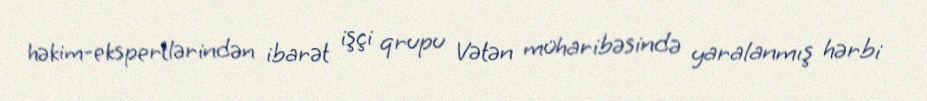
həkim-ekspertlərindən ibarət işçi qrupu Vətən müharibəsində yaralanmış hərbi